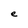
Character: e